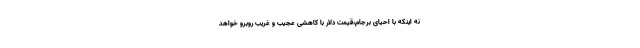
نه اینکه با احیای برجام،قیمت دلار با کاهشی عجیب و غریب روبرو خواهد